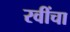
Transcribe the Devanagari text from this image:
रवींचा